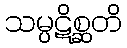
သမ္ပဋိစ္ဆတိ